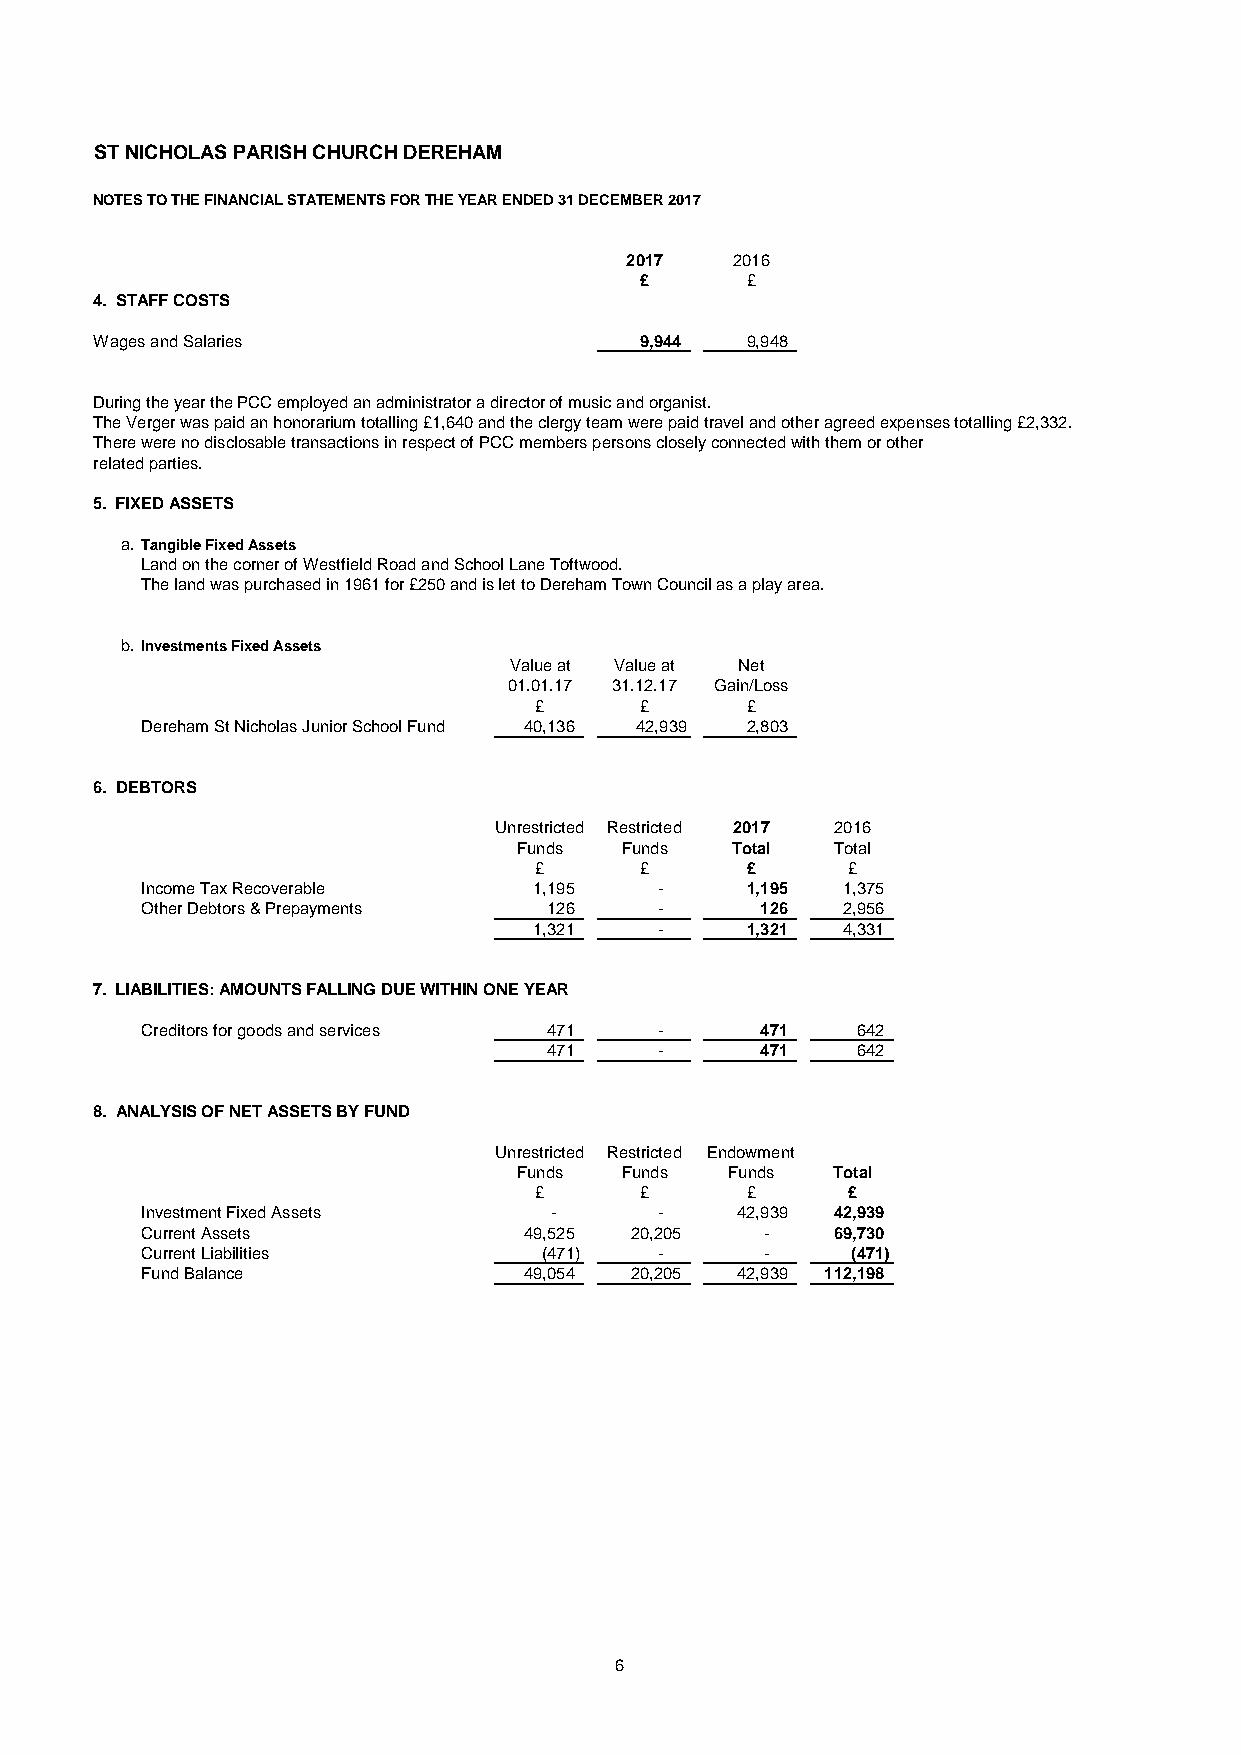
ST NICHOLAS PARISH CHURCH DEREHAM
 NOTES TO THE FINANCIAL STATEMENTS FOR THE YEAR ENDED 31 DECEMBER 2017
 2017   2016
 £      £
 4. STAFF COSTS
 Wages and Salaries                  9,944  9,948
 During the year the PCC employed an administrator a director of music and organist.
 The Verger was paid an honorarium totalling £1,640 and the clergy team were paid travel and other agreed expenses totalling £2,332.
 There were no disclosable transactions in respect of PCC members persons closely connected with them or other
 related parties.
 5. FIXED ASSETS
 a. Tangible Fixed Assets
 Land on the corner of Westfield Road and School Lane Toftwood.
 The land was purchased in 1961 for £250 and is let to Dereham Town Council as a play area.
 b. Investments Fixed Assets
 Value at Value at Net
 01.01.17 31.12.17 Gain/Loss
 £      £      £
 Dereham St Nicholas Junior School Fund 40,136 42,939 2,803
 6. DEBTORS
 Unrestricted Restricted 2017 2016
 Funds  Funds  Total  Total
 £      £      £      £
 Income Tax Recoverable    1,195    -    1,195  1,375
 Other Debtors & Prepayments 126    -     126   2,956
 1,321    -    1,321  4,331
 7. LIABILITIES: AMOUNTS FALLING DUE WITHIN ONE YEAR
 Creditors for goods and services 471 -   471    642
 471     -     471    642
 8. ANALYSIS OF NET ASSETS BY FUND
 Unrestricted Restricted Endowment
 Funds  Funds  Funds  Total
 £      £      £      £
 Investment Fixed Assets    -       -    42,939 42,939
 Current Assets            49,525 20,205   -   69,730
 Current Liabilities        (471)   -      -    (471)
 Fund Balance              49,054 20,205 42,939 112,198
 6